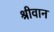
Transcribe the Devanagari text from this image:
श्रीवान